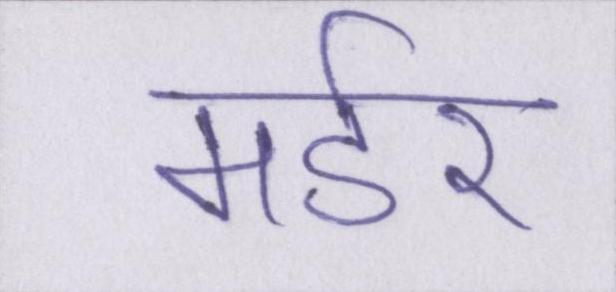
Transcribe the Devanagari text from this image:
मर्डर